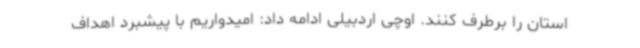
استان را برطرف کنند. اوچی اردبیلی ادامه داد: امیدواریم با پیشبرد اهداف